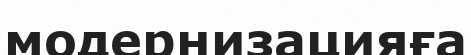
модернизацияға